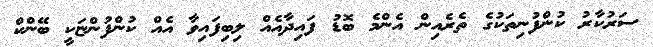
ސަރުކާރު ކުންފުނިތަކުގެ ތެރެއިން އެންމެ ބޮޑު ފައިދާއެއް ލިބިފައިވާ އެއް ކުންފުންޏަކީ ބޭންކް